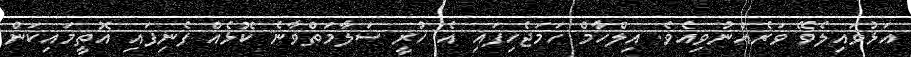
އަޅުވައިލެވޭ ވަރެއްނުވިއެވެ. އިލްހާމް ހަމަޖެހިފައި އެ ހުރީ ސަލާމަތްވާނެ ކޮޅެއް ފެނިފައި އޮތީމައިކަން